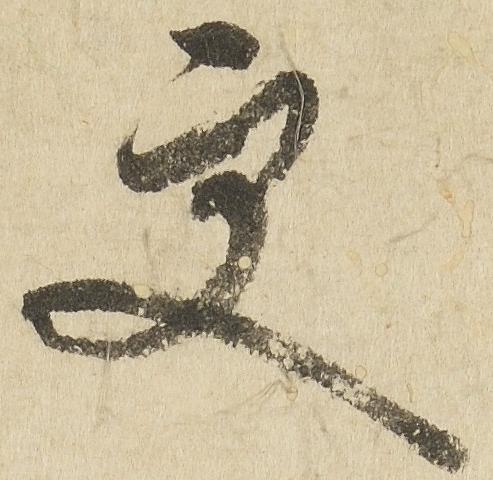
更